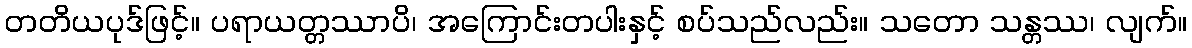
တတိယပုဒ်ဖြင့်။ ပရာယတ္တဿာပိ၊ အကြောင်းတပါးနှင့် စပ်သည်လည်း။ သတော သန္တဿ၊ လျက်။